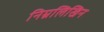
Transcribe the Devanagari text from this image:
निम्नलिखिन